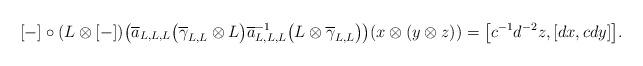
LaTeX: \begin{gather*}[-] \circ ( L\otimes [-] ) \big(\overline{a}_{L,L,L}\big( \overline{\gamma }_{L,L}\otimes L\big)\overline{a}_{L,L,L}^{-1}\big( L\otimes \overline{\gamma }_{L,L}\big)\big) ( x\otimes ( y\otimes z ) )=\big[ c^{-1}d^{-2}z, [ dx,cdy ] \big].\end{gather*}